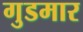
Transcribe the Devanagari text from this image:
गुडमार